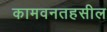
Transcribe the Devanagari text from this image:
कामवनतहसील